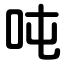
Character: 吨